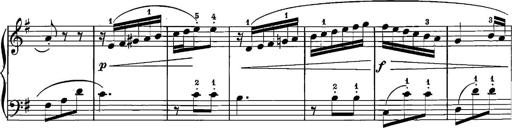
Title: 12 Sonatinas
Composer: Ignaz Pleyel